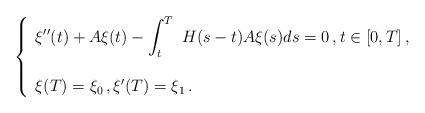
LaTeX: \begin{align*}\left \{\begin{array}{l}\displaystyle\xi''(t) +A\xi(t)-\int_t^T\ H(s-t) A\xi(s)ds= 0\,,t\in [0,T]\,,\\ \\\xi(T)=\xi_0\,,\xi'(T)=\xi_1\,.\end{array}\right .\end{align*}